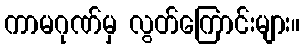
ကာမဂုဏ်မှ လွတ်ကြောင်းများ။